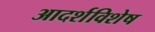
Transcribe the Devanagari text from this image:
आदर्शविशेष